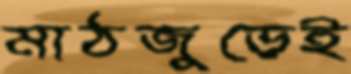
মাঠজুড়েই